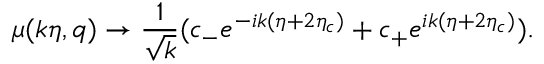
\mu ( k \eta , q ) \rightarrow \frac { 1 } { \sqrt { k } } ( c _ { - } e ^ { - i k ( \eta + 2 \eta _ { c } ) } + c _ { + } e ^ { i k ( \eta + 2 \eta _ { c } ) } ) .